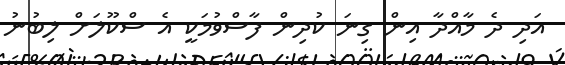
އަދި ދެ މާއްދާ އިން ގިނަ ކުދިން ފާސްވުމަކީ އެ ސްކޫލަށް ލިބުނު